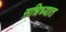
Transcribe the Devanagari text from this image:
सन्निध्यात